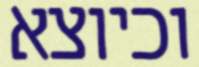
וכיוצא